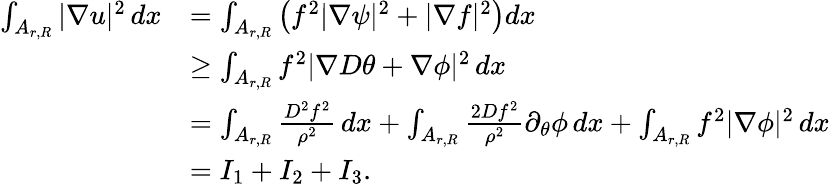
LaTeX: \begin{array}{rl}{\int_{A_{r,R}}|\nabla u|^{2}\, dx}&{=\int_{A_{r,R}}\left(f^{2}|\nabla\psi|^{2}+|\nabla f|^{2}\right)dx}\\ &{\geq\int_{A_{r,R}}f^{2}|\nabla D\theta+\nabla\phi|^{2}\, dx}\\ &{=\int_{A_{r,R}}\frac{D^{2}f^{2}}{\rho^{2}}\, dx+\int_{A_{r,R}}\frac{2Df^{2}}{\rho^{2}}\partial_{\theta}\phi\, dx+\int_{A_{r,R}}f^{2}|\nabla\phi|^{2}\, dx}\\ &{=I_{1}+I_{2}+I_{3}.}\end{array}